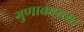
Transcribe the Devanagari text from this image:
गुणाकारच्या